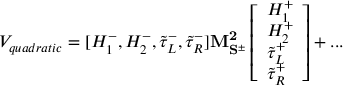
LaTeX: V _ { q u a d r a t i c } = [ H _ { 1 } ^ { - } , H _ { 2 } ^ { - } , \tilde { \tau } _ { L } ^ { - } , \tilde { \tau } _ { R } ^ { - } ] \mathbf { M _ { S ^ { \pm } } ^ { 2 } } \left[ \begin{array} { l } { { H _ { 1 } ^ { + } } } \\ { { H _ { 2 } ^ { + } } } \\ { { \tilde { \tau } _ { L } ^ { + } } } \\ { { \tilde { \tau } _ { R } ^ { + } } } \end{array} \right] + . . .